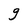
Character: g